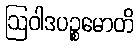
ဩဝါဒပဉ္စမောတိ